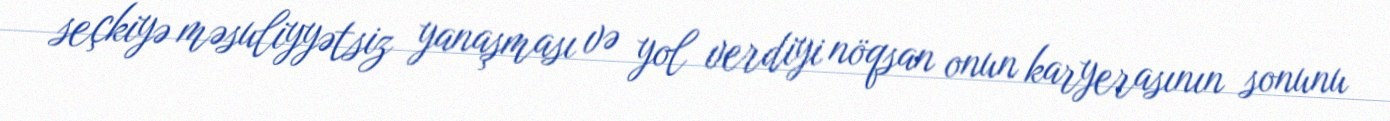
seçkiyə məsuliyyətsiz yanaşması və yol verdiyi nöqsan onun karyerasının sonunu